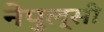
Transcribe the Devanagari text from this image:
नेपुल्सी